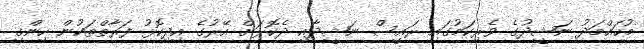
މުހައްމަދު ނަޝީދުގެ ވެރިކަމުގައި ރައީސް ނަޝީދާއި ދެކޮޅަށް އޭރުގެ އިދިކޮޅު ފަރާތްތަކުން ހިންގި